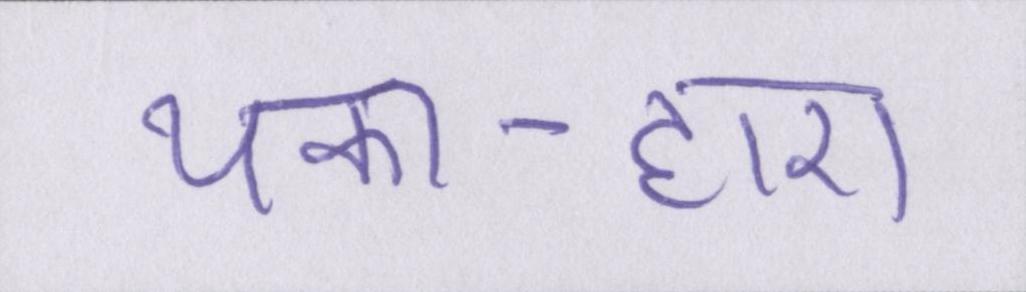
थका-हारा